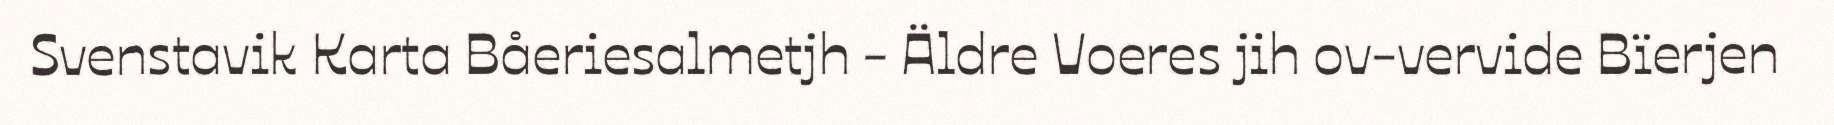
Svenstavik Karta Båeriesalmetjh - Äldre Voeres jih ov-vervide Bïerjen